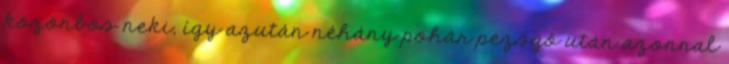
közönbös neki, így azután néhány pohár pezsgő után azonnal